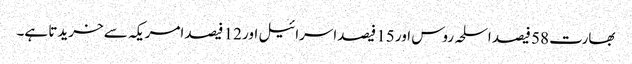
بھارت 58 فیصد اسلحہ روس اور 15 فیصداسرائیل اور 12 فیصد امریکہ سے خریدتا ہے۔